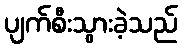
ပျက်စီးသွားခဲ့သည်